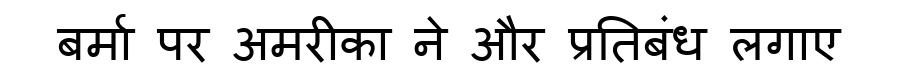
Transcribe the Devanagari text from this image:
बर्मा पर अमरीका ने और प्रतिबंध लगाए